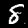
Label: 8